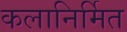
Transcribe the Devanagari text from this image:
कलानिर्मित